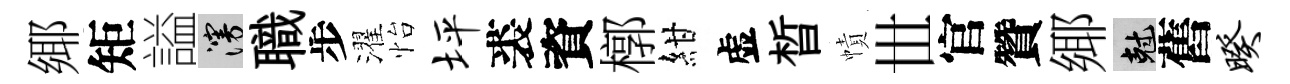
鄊矩謚漫職步濯怡坪裘資槨紺虚晳幘𠀍官贊鄊剋舊暌